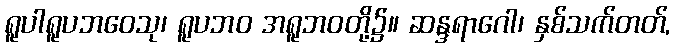
ရူပါရူပဘဝေသု၊ ရူပဘဝ အရူဘဝတို့၌။ ဆန္ဒရာဂေါ၊ နှစ်သက်တတ်,